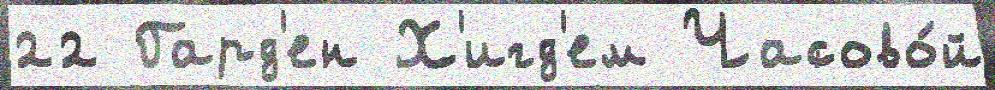
22 Гард'ен Х'игд'ем Часово́й